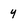
Character: y